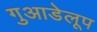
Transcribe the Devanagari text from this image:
गुआडेलूप